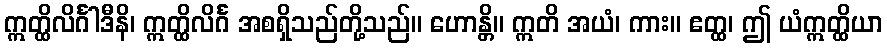
ဣတ္ထိလိင်္ဂါဒီနိ၊ ဣတ္ထိလိင်္ဂ အစရှိသည်တို့သည်။ ဟောန္တိ။ ဣတိ အယံ၊ ကား။ ဧတ္ထ၊ ဤ ယံဣတ္ထိယာ